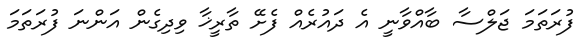
ފުރަތަމަ ޖަލްސާ ބާއްވާނީ އެ ދައުރެއް ފެށޭ ތާރީޚާ ވިދިގެން އަންނަ ފުރަތަމަ